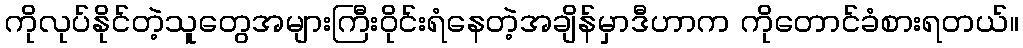
ကိုလုပ်နိုင်တဲ့သူတွေအများကြီးဝိုင်းရံနေတဲ့အချိန်မှာဒီဟာက ကိုတောင်ခံစားရတယ်။